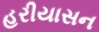
હરીયાસન